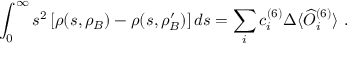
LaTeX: \int _ { 0 } ^ { \infty } s ^ { 2 } \left[ \rho ( s , \rho _ { B } ) - \rho ( s , \rho _ { B } ^ { \prime } ) \right] d s = \sum _ { i } c _ { i } ^ { ( 6 ) } \Delta \langle \widehat { O } _ { i } ^ { ( 6 ) } \rangle \ .